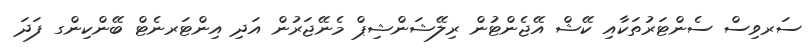
ސަރވިސް ސެންޓަރުތަކާއި ކޭޝް އޭޖެންޓުން ރިލޭޝަންޝިޕް މެނޭޖަރުން އަދި އިންޓަރނެޓް ބޭންކިންގ ފަދަ